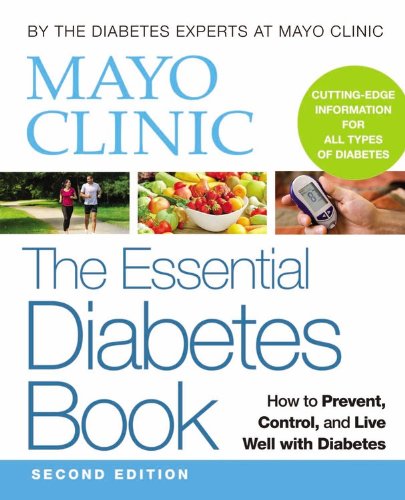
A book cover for Mayo Clinic The Essential Diabetes Book; Mayo Clinic; Health, Fitness & Dieting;